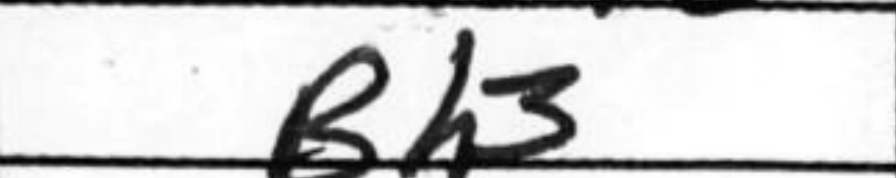
Transcription: Bh3